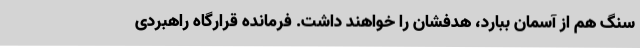
سنگ هم از آسمان ببارد، هدفشان را خواهند داشت.‌ فرمانده قرارگاه راهبردی